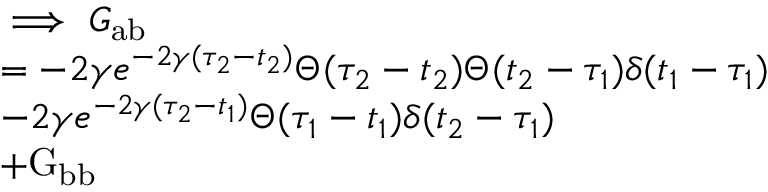
\begin{array} { r l } & { \implies G _ { \mathrm { a b } } } \\ & { = - 2 \gamma e ^ { - 2 \gamma ( \tau _ { 2 } - t _ { 2 } ) } \Theta ( \tau _ { 2 } - t _ { 2 } ) \Theta ( t _ { 2 } - \tau _ { 1 } ) \delta ( t _ { 1 } - \tau _ { 1 } ) } \\ & { - 2 \gamma e ^ { - 2 \gamma ( \tau _ { 2 } - t _ { 1 } ) } \Theta ( \tau _ { 1 } - t _ { 1 } ) \delta ( t _ { 2 } - \tau _ { 1 } ) } \\ & { + \mathrm { G } _ { \mathrm { b b } } } \end{array}